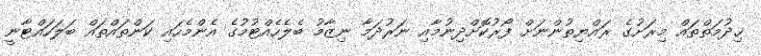
ޚިދުމަތްތައް މިރަށުގެ ރައްޔިތުންނަށް ފޯރުކޮށްދިނުމާއި ނަރުދަމާ ނިޒާމު ބެލެހެއްޓުމުގެ އެންމެހައި ކަންތައްތައް ބަލަހައްޓާނީ